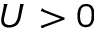
U > 0